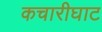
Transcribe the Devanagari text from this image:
कचारीघाट